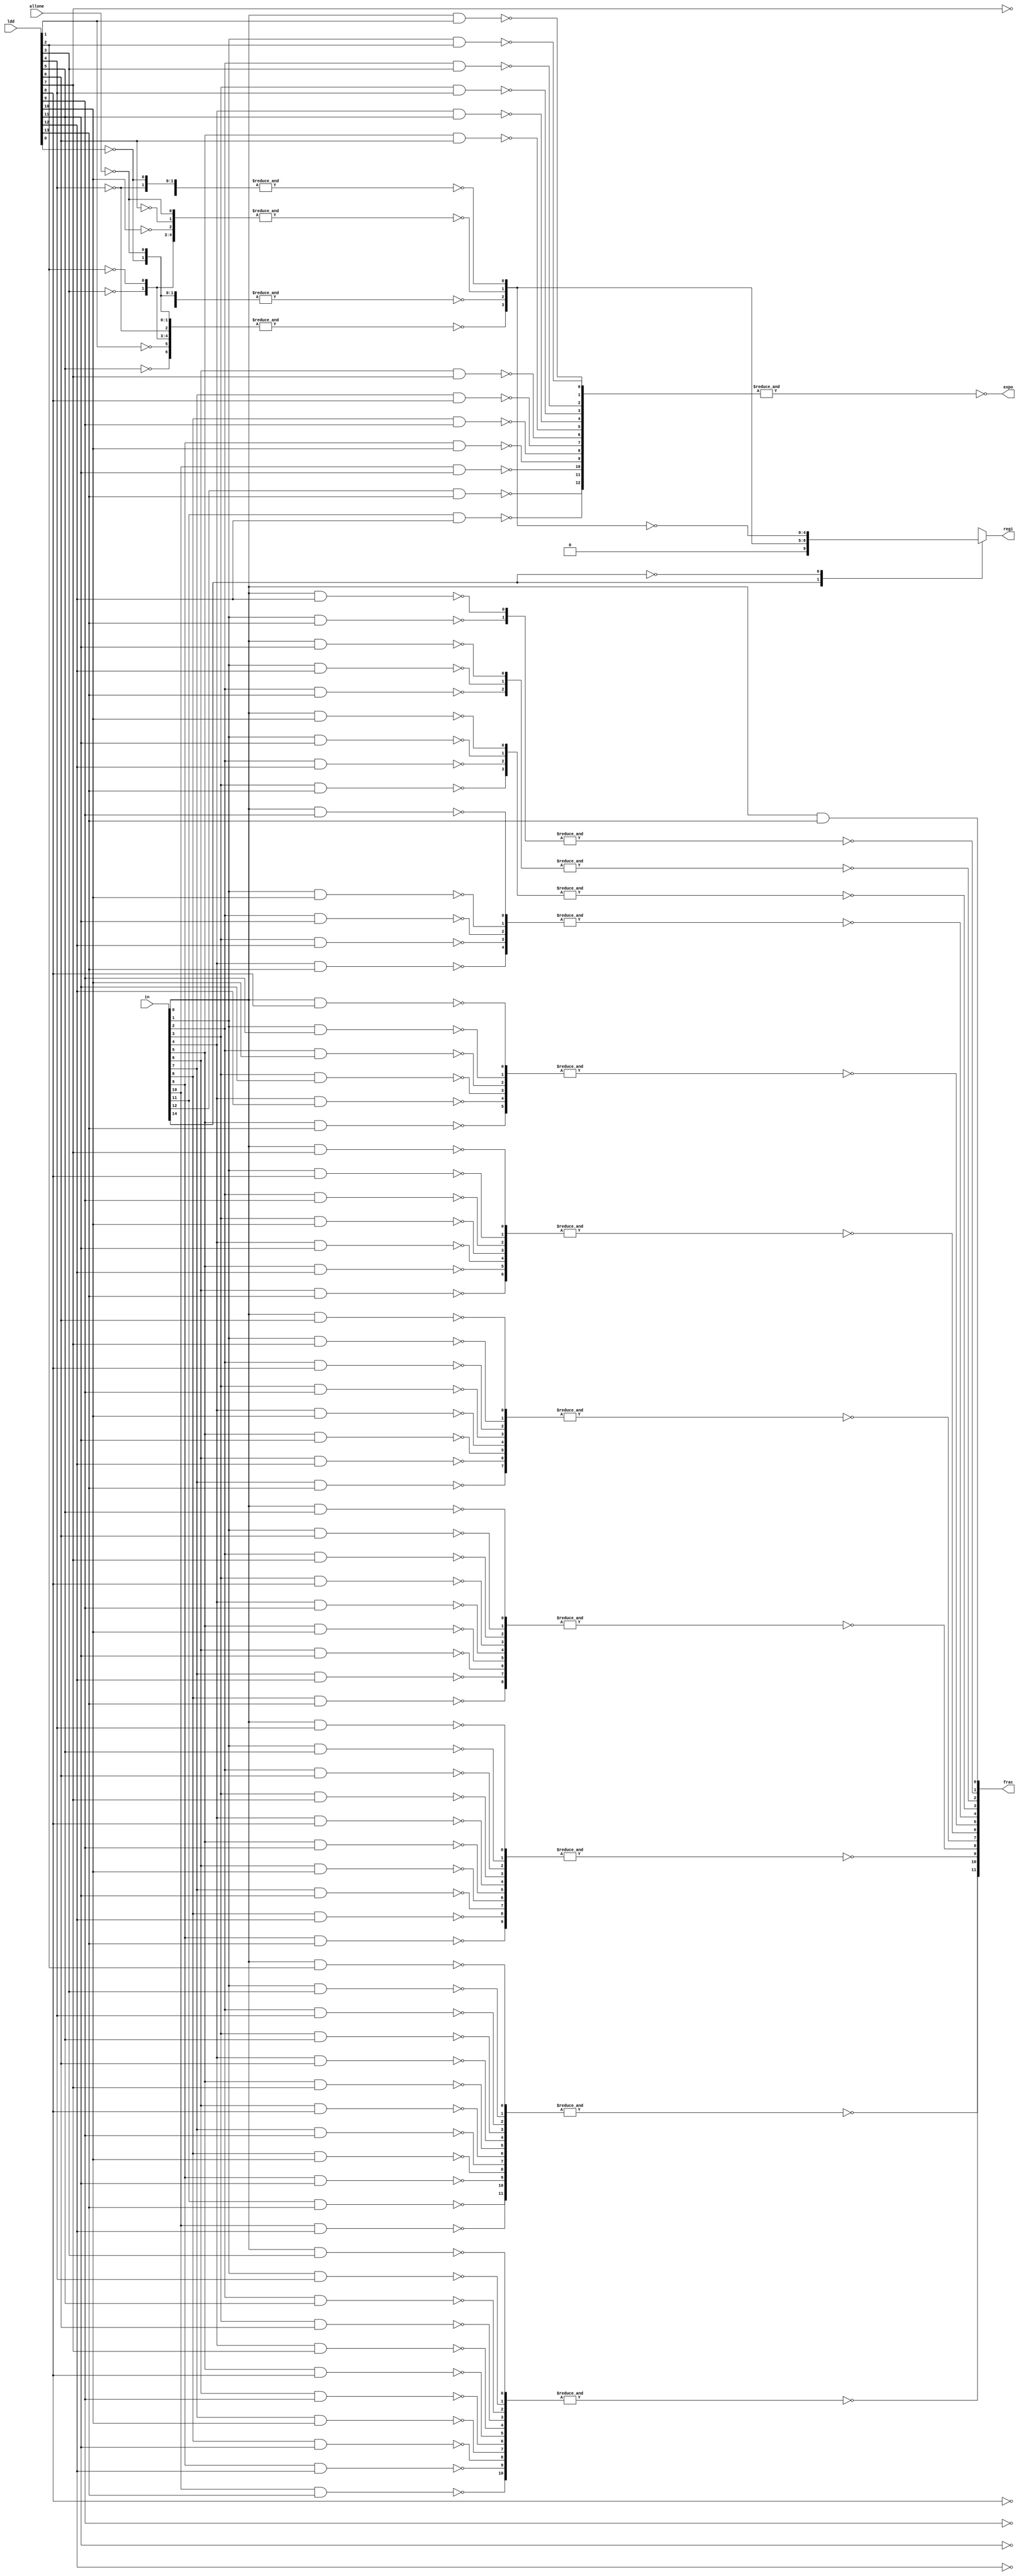
module LDDShifter(regi, expo, frac, ldd, allone, in);
parameter n = 16;
parameter es = 1;
parameter rs = 5;//size of regi
parameter fs = n-es-3;//size of frac
parameter ls = n-2;//size of ldd

input [ls-1:0] ldd;
input [n-2:0] in;
input allone;

output reg [rs-1:0] regi; //Update based on the input size
output [es-1:0] expo;
output [fs-1:0] frac;

wire [(rs+es+fs)*ls:0] temp; 
wire [rs-1:0] oneRe, oneReTemp;
assign oneReTemp = n-2;
//total output size: (rs+es+fs)=68; ldd: ls, total:(rs+es+fs)*ls=4216
//regi[i] under ldd[j]: temp[j*rs+i+(es+fs)*ls]
//regi[i] under allone: oneRe[i]
//expo[i] under ldd[j]: temp[j*es+i+fs*ls]
//frac[i] under ldd[j]: temp[j*fs+i]
wire [(rs+es+fs)*ls:0] outtemp;
//regi[i] under ldd[j]: outtemp[j+i*ls+(es+fs)*ls]
//expo[i] under ldd[j]: outtemp[j+i*ls+fs*ls]
//frac[i] under ldd[j]: outtemp[j+i*ls]
wire [fs+ls-2:0] fractemp;
wire [ls-2:0] zerobus;
assign zerobus = 0;
assign fractemp = {in[fs-1:0],zerobus};

wire [rs-1:0] tempregi;//take the absolute of regi

genvar i,j;

//regi: check absolute value first, do bit inverse (~) to get negative at the output stage
for (i = 0; i < ls; i = i + 1) begin//under ldd[i]
	assign temp[i*rs+(es+fs)*ls+rs-1:i*rs+(es+fs)*ls] = ls-1-i;
end

//expo:
for (i = es; i < ls; i = i+1) begin
	assign temp[i*es+fs*ls+es-1:i*es+fs*ls] = in[i-1:i-es];
end
//expo that have no enough bits left
for (i = 0; i < es; i = i+1) begin
for (j = 0; j < i; j = j+1) begin
	assign temp[i*es+fs*ls+j] = in[j];
end
for (j = i; j < es; j = j+1) begin
	assign temp[i*es+fs*ls+j] = 1'b0;
end
end
//frac:
for (i = 0; i < ls; i = i + 1) begin
	assign temp[i*fs+fs-1:i*fs] = fractemp[i+fs-1:i];
end

//switch order for output
for (i = 0; i < rs; i = i + 1) begin
for (j = 0; j < ls; j = j + 1) begin
	nand(outtemp[j+i*ls+(es+fs)*ls], temp[j*rs+i+(es+fs)*ls], ldd[j]);
	//assign outtemp[j+i*30+870] = temp[j*6+i+870];
end
end
for (i = 0; i < rs; i = i + 1) begin
	nand(oneRe[i], oneReTemp[i], allone);
end

for (i = 0; i < es; i = i + 1) begin
for (j = 0; j < ls; j = j + 1) begin
	nand(outtemp[j+i*ls+fs*ls], temp[j*es+i+fs*ls], ldd[j]);
	//assign outtemp[j+i*30+780] = temp[j*3+i+780];
end
end

for (i = 0; i < fs; i = i + 1) begin
for (j = 0; j < ls; j = j + 1) begin
	nand(outtemp[j+i*ls], temp[j*fs+i], ldd[j]);
	//assign outtemp[j+i*30] = temp[j*26+i];
end
end

//frac out:
for (i = 0; i < rs; i = i + 1) begin
	assign tempregi[i] = ~&({outtemp[ls-1+i*ls+(es+fs)*ls:i*ls+(es+fs)*ls],oneRe[i]});
end
for (i = 0; i < es; i = i + 1) begin
	assign expo[i] = ~&(outtemp[ls-1+i*ls+fs*ls:i*ls+fs*ls]);
end
for (i = 0; i < fs; i = i + 1) begin
	assign frac[i] = ~&(outtemp[ls-1+i*ls:i*ls]);
end

always @(in[n-2], tempregi)
case (in[n-2])
	1'b1: regi = tempregi;
	1'b0: regi = ~tempregi;
endcase

endmodule